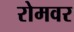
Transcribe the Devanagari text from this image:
रोमवर